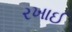
રખાઈ